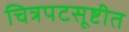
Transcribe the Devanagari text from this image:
चित्रपटसूष्टीत